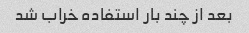
بعد از چند بار استفاده خراب شد